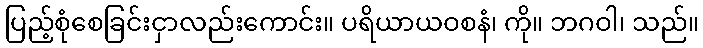
ပြည့်စုံစေခြင်းငှာလည်းကောင်း။ ပရိယာယဝစနံ၊ ကို။ ဘဂဝါ၊ သည်။